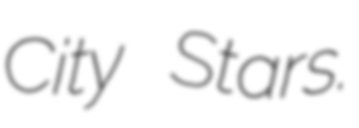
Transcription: City Stars.